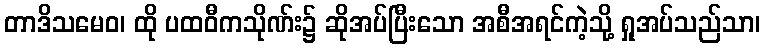
တာဒိသမေဝ၊ ထို ပထဝီကသိုဏ်း၌ ဆိုအပ်ပြီးသော အစီအရင်ကဲ့သို့ ရှုအပ်သည်သာ၊